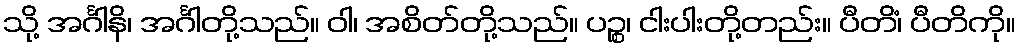
သို့ အင်္ဂါနိ၊ အင်္ဂါတို့သည်။ ဝါ၊ အစိတ်တို့သည်။ ပဉ္စ၊ ငါးပါးတို့တည်း။ ပီတိံ၊ ပီတိကို။